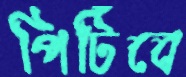
পিটিবে